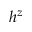
h ^ { z }